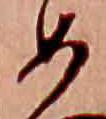
め